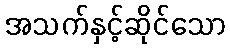
အသက်နှင့်ဆိုင်သော